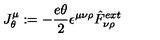
J _ { \theta } \sp { \mu } : = - \frac { e \theta } { 2 } \epsilon \sp { \mu \nu \rho } \hat { F } _ { \nu \rho } \sp { e x t }